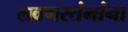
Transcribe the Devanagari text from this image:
लवणस्तंभांना